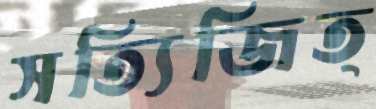
সত্যিজিত্